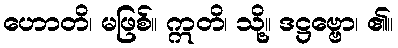
ဟောတိ၊ မဖြစ်။ ဣတိ၊ သို့။ ဒဋ္ဌဗ္ဗော၊ ၏။